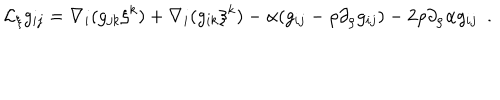
LaTeX: { \cal L } _ { \xi } g _ { i j } = \nabla _ { i } ( g _ { j k } \xi ^ { k } ) + \nabla _ { i } ( g _ { i k } \xi ^ { k } ) - \alpha ( g _ { i j } - \rho \partial _ { \rho } g _ { i j } ) - 2 \rho \partial _ { \rho } \alpha g _ { i j } ~ ~ .